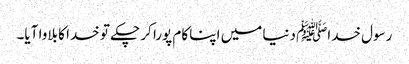
رسول خداﷺ دنیا میں اپنا کام پورا کر چکے تو خدا کا بلاوا آیا۔